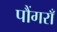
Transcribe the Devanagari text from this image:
पौंगराँ